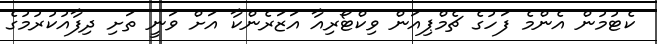
ކެޓުމުން އެންމެ ފަހުގެ ޗެމްޕިއަން ވިކްޓޯރިއާ އަޒަރެންކާ އަށް ވަނީ ތަށި ދިފާއުކުރުމުގެ